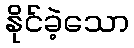
နိုင်ခဲ့သော